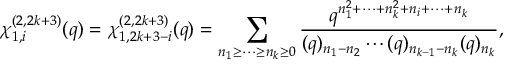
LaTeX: \chi _ { 1 , i } ^ { ( 2 , 2 k + 3 ) } ( q ) = \chi _ { 1 , 2 k + 3 - i } ^ { ( 2 , 2 k + 3 ) } ( q ) = \displaystyle \sum _ { n _ { 1 } \geq \cdots \geq n _ { k } \geq 0 } \frac { q ^ { n _ { 1 } ^ { 2 } + \cdots + n _ { k } ^ { 2 } + n _ { i } + \cdots + n _ { k } } } { ( q ) _ { n _ { 1 } - n _ { 2 } } \cdots ( q ) _ { n _ { k - 1 } - n _ { k } } ( q ) _ { n _ { k } } } ,